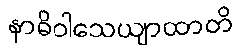
နာဓိဝါသေယျာထာတိ